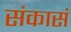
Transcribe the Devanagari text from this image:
संकासं